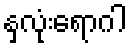
နှလုံးရောဂါ